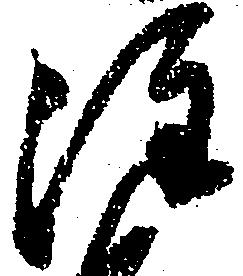
注